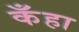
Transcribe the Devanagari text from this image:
कँहा